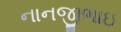
નાનજીભાઇ